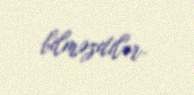
bilməzdilər.